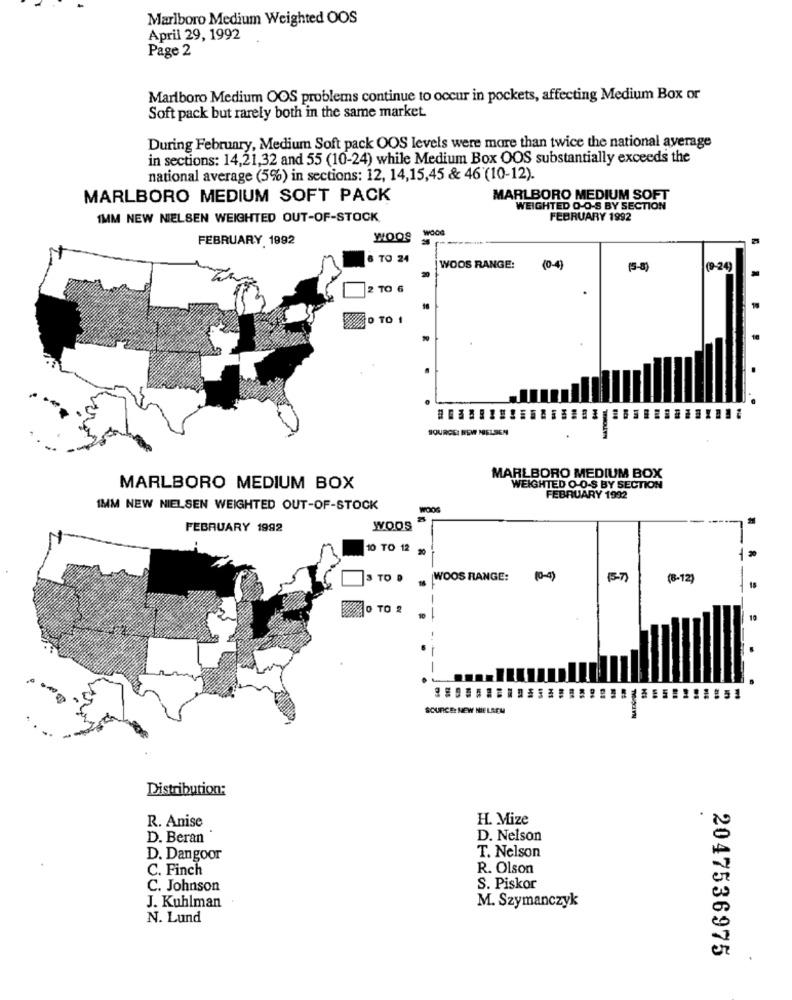
Marlboro Medium Weighted OOS
April 29, 1992
Page 2
Marlboro Medium OOS problems continue to occur in pockets, affecting Medium Box or
Soft pack but rarely both in the same market.
During February, Medium Soft pack OOS levels were more than twice the national average
in sections: 14,21,32 and 55 (10-24) while Medium Box OOS substantially exceeds the
national average (5%) in sections: 12, 14,15,45 & 46'(10-12).
MARLBORO MEDIUM SOFT PACK
MARLBORO MEDIUM SOFT
WEIGHTED O-O-S BY SECTION
1MM NEW NIELSEN WEIGHTED OUT-OF-STOCK
FEBRUARY 1992
FEBRUARY 1992
woOS
8 TO 24
WOOS RANGE:
(0-4)
(5-8)
(9-24)
2 TO 6
AO TO 1
SOURCE: NEM NIELSEN
MARLBORO MEDIUM BOX
MARLBORO MEDIUM BOX
WEIGHTED O-O-S BY SECTION
FEBRUARY 1992
IMM NEW NIELSEN WEIGHTED OUT-OF-STOCK
WOOG
---
FEBRUARY 1992
WOOS
10 TO 12
3 TO P . WOOS RANGE:
(0-1)
(8-12)
--
0 TO 2
10
51
SOURCE: NEW NIELSEN
Distribution:
R. Anise
H. Mize
D. Beran
D. Nelson
T. Nelson
D. Dangoor
C. Finch
R. Olson
C. Johnson
S. Piskor
J. Kuhlman
M. Szymanczyk
N. Lund
2047536975